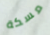
مسكة